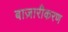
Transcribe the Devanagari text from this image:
बाज़ारीकरण